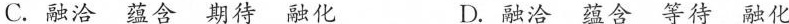
C.融洽蕴含期待融化 D.融洽蕴含等待融化